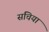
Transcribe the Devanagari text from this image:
सचिया